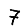
Digit: 7